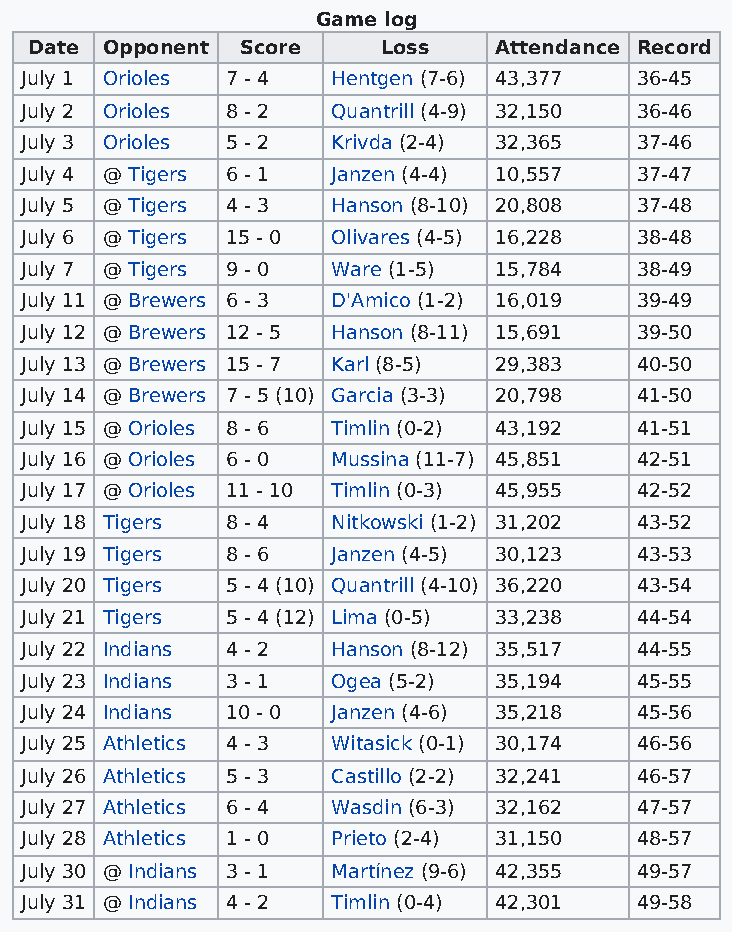
Game log
 Date Opponent Score    Loss    Attendance Record
 July 1 Orioles 7 - 4 Hentgen (7-6) 43,377 36-45
 July 2 Orioles 8 - 2 Quantrill (4-9) 32,150 36-46
 July 3 Orioles 5 - 2 Krivda (2-4) 32,365 37-46
 July 4 @ Tigers 6 - 1 Janzen (4-4) 10,557 37-47
 July 5 @ Tigers 4 - 3 Hanson (8-10) 20,808 37-48
 July 6 @ Tigers 15 - 0 Olivares (4-5) 16,228 38-48
 July 7 @ Tigers 9 - 0 Ware (1-5) 15,784  38-49
 July 11 @ Brewers 6 - 3 D'Amico (1-2) 16,019 39-49
 July 12 @ Brewers 12 - 5 Hanson (8-11) 15,691 39-50
 July 13 @ Brewers 15 - 7 Karl (8-5) 29,383 40-50
 July 14 @ Brewers 7 - 5 (10) Garcia (3-3) 20,798 41-50
 July 15 @ Orioles 8 - 6 Timlin (0-2) 43,192 41-51
 July 16 @ Orioles 6 - 0 Mussina (11-7) 45,851 42-51
 July 17 @ Orioles 11 - 10 Timlin (0-3) 45,955 42-52
 July 18 Tigers 8 - 4 Nitkowski (1-2) 31,202 43-52
 July 19 Tigers 8 - 6 Janzen (4-5) 30,123 43-53
 July 20 Tigers 5 - 4 (10) Quantrill (4-10) 36,220 43-54
 July 21 Tigers 5 - 4 (12) Lima (0-5) 33,238 44-54
 July 22 Indians 4 - 2 Hanson (8-12) 35,517 44-55
 July 23 Indians 3 - 1 Ogea (5-2) 35,194  45-55
 July 24 Indians 10 - 0 Janzen (4-6) 35,218 45-56
 July 25 Athletics 4 - 3 Witasick (0-1) 30,174 46-56
 July 26 Athletics 5 - 3 Castillo (2-2) 32,241 46-57
 July 27 Athletics 6 - 4 Wasdin (6-3) 32,162 47-57
 July 28 Athletics 1 - 0 Prieto (2-4) 31,150 48-57
 July 30 @ Indians 3 - 1 Martínez (9-6) 42,355 49-57
 July 31 @ Indians 4 - 2 Timlin (0-4) 42,301 49-58